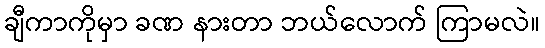
ချီကာကိုမှာ ခဏ နားတာ ဘယ်လောက် ကြာမလဲ။